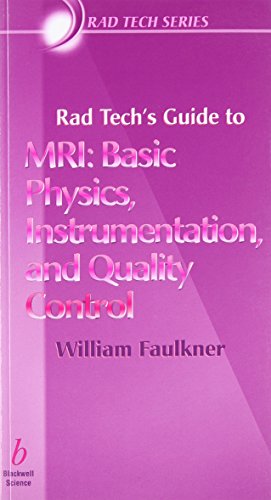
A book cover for Rad Tech's Guide to MRI: Basic Physics, Instrumentation, and Quality Control; William H. Faulkner Jr.; Engineering & Transportation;